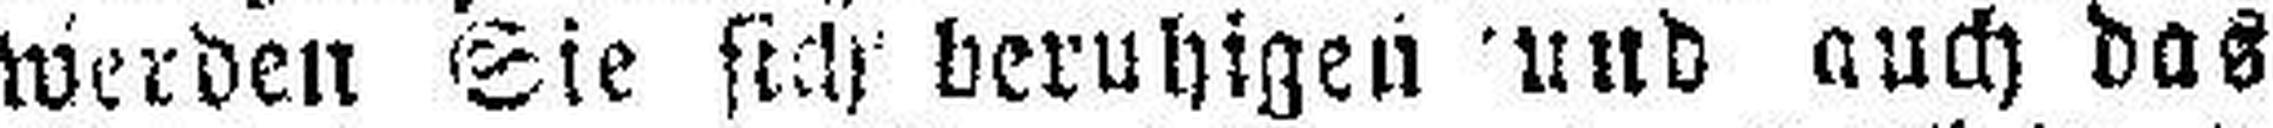
werden Sie sich beruhigen und auch das